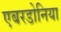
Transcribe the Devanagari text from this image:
एबरडोनिया